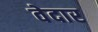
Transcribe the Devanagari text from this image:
वेदार